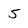
Character: 5